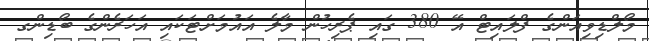
މޯލްޑިވިއަންގެ ފްލައިޓް އޭ 380 ގައި ޕެރިހުން މާލެ އައުމަށްޓަކައި އަހަރެންގެ ބޯޑިންގ